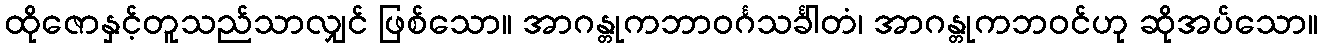
ထိုဇောနှင့်တူသည်သာလျှင် ဖြစ်သော။ အာဂန္တုကဘာဝင်္ဂသင်္ခါတံ၊ အာဂန္တုကဘဝင်ဟု ဆိုအပ်သော။